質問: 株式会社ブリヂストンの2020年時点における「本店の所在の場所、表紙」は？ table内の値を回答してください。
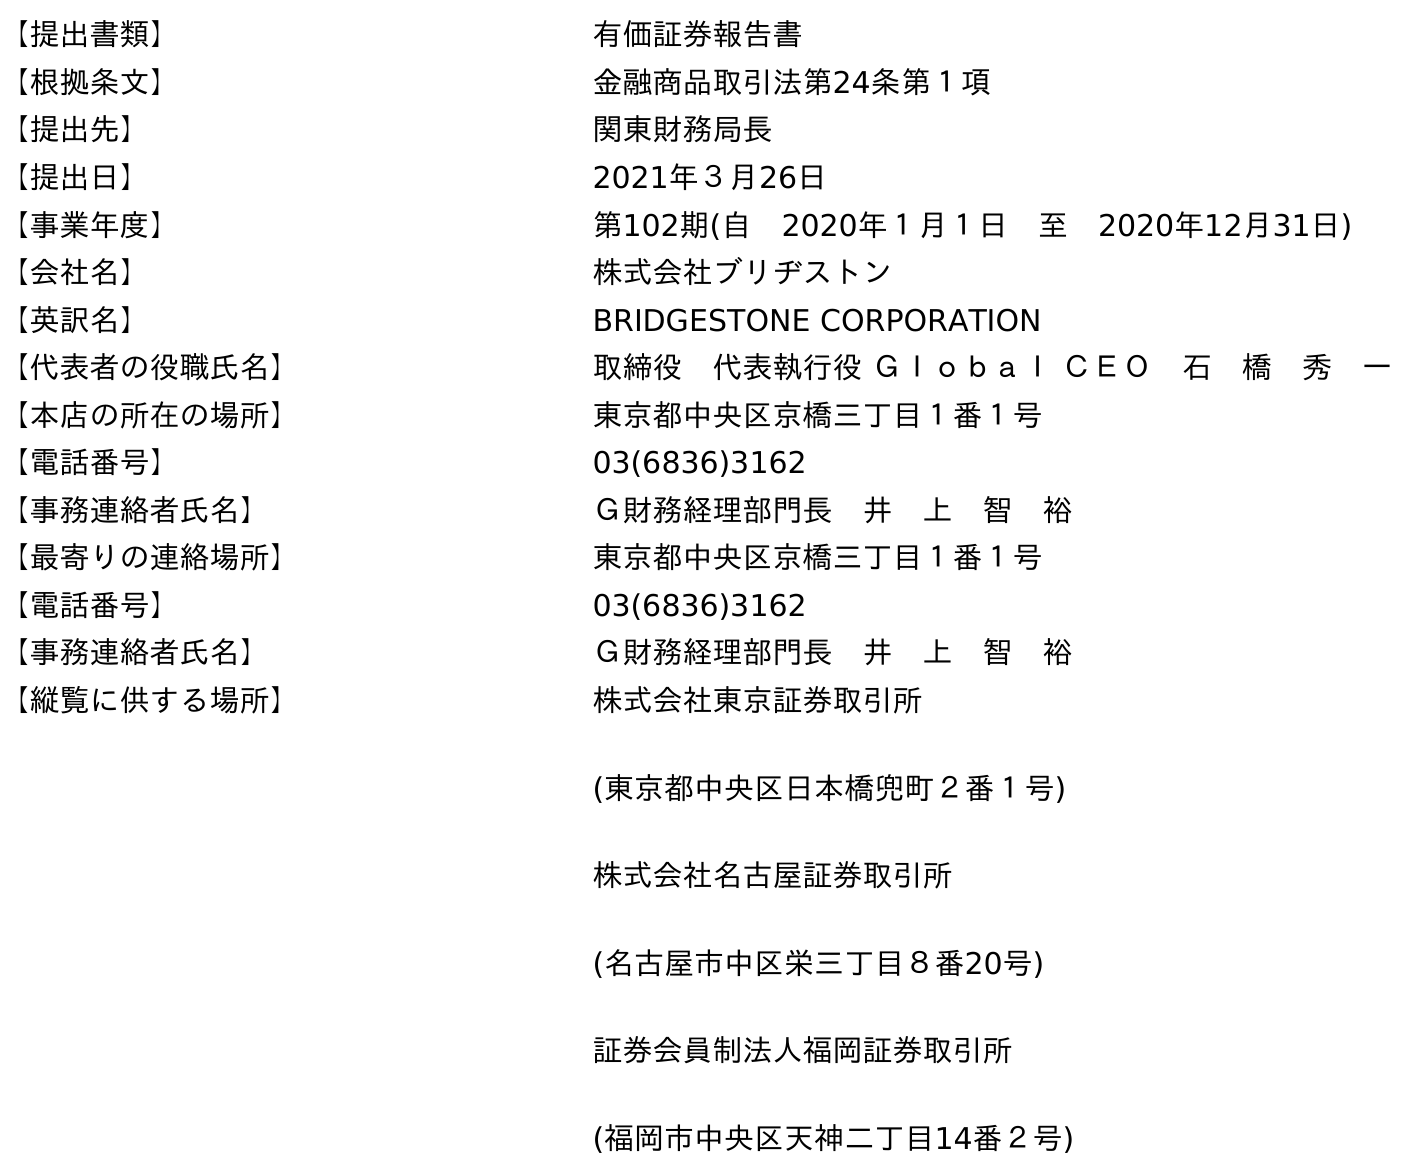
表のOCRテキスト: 【提出書類】 有価証券報告書 【根拠条文】 金融商品取引法第24条第１項 【提出先】 関東財務局長 【提出日】 2021年３月26日 【事業年度】 第102期(自 2020年１月１日 至 2020年12月31日) 【会社名】 株式会社ブリヂストン 【英訳名】 BRIDGESTONE CORPORATION 【代表者の役職氏名】 取締役 代表執行役 Ｇｌｏｂａｌ ＣＥＯ 石 橋 秀 一 【本店の所在の場所】 東京都中央区京橋三丁目１番１号 【電話番号】 03(6836)3162 【事務連絡者氏名】 Ｇ財務経理部門長 井 上 智 裕 【最寄りの連絡場所】 東京都中央区京橋三丁目１番１号 【電話番号】 03(6836)3162 【事務連絡者氏名】 Ｇ財務経理部門長 井 上 智 裕 【縦覧に供する場所】 株式会社東京証券取引所 (東京都中央区日本橋兜町２番１号) 株式会社名古屋証券取引所 (名古屋市中区栄三丁目８番20号) 証券会員制法人福岡証券取引所 (福岡市中央区天神二丁目14番２号)
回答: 東京都中央区京橋三丁目１番１号